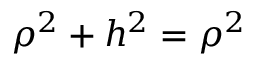
\rho ^ { 2 } + h ^ { 2 } = \rho ^ { 2 }